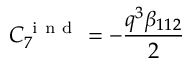
C _ { 7 } ^ { \mathrm { ~ i ~ n ~ d ~ } } = - \frac { q ^ { 3 } \beta _ { 1 1 2 } } { 2 }